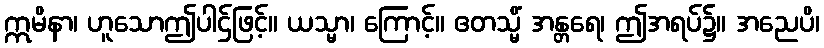
ဣမိနာ၊ ဟူသောဤပါဌ်ဖြင့်။ ယသ္မာ၊ ကြောင့်။ ဧတသ္မိံ အန္တရေ၊ ဤအရပ်၌။ အညေပိ၊